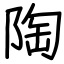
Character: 陶